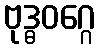
ဗုဒ္ဓဝဂ္ဂေ